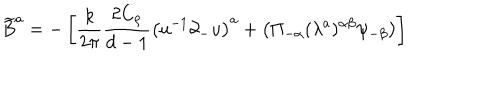
\widetilde { B } ^ { a } = - \left[ \frac { k } { 2 \pi } \frac { 2 C _ { \rho } } { d - 1 } \left( u ^ { - 1 } \partial _ { - } u \right) ^ { a } + \left( \Pi _ { - \alpha } ( \lambda ^ { a } ) ^ { \alpha \beta } \psi _ { - \beta } \right) \right]